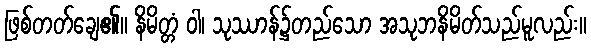
ဖြစ်တတ်ချေ၏။ နိမိတ္တံ ဝါ၊ သုဿာန်၌တည်သော အသုဘနိမိတ်သည်မူလည်း။